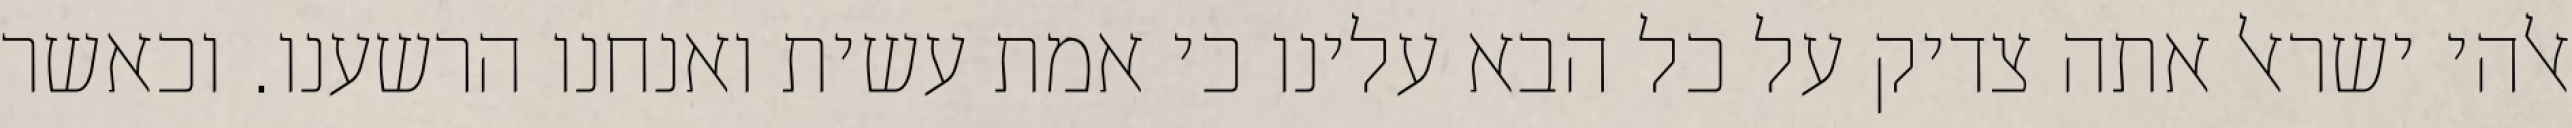
אלהי ישראל אתה צדיק על כל הבא עלינו כי אמת עשית ואנחנו הרשענו. וכאשר